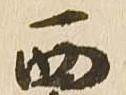
西